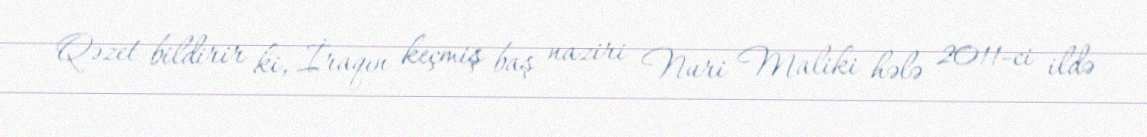
Qəzet bildirir ki, İraqın keçmiş baş naziri Nuri Maliki hələ 2011-ci ildə